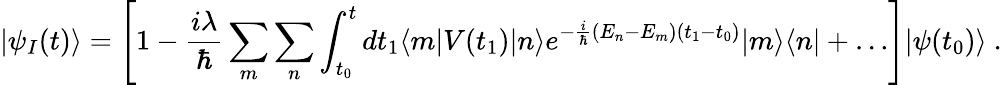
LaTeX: |\psi_{I}(t)\rangle=\left[1-{\frac{i\lambda}{\hbar}}\sum_{m}\sum_{n}\int_{t_{0}}^{t}dt_{1}\langle m|V(t_{1})|n\rangle e^{-{\frac{i}{\hbar}}(E_{n}-E_{m})(t_{1}-t_{0})}|m\rangle\langle n|+\ldots\right]|\psi(t_{0})\rangle~.